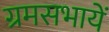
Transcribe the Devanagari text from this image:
ग्रमसभायें